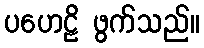
ပဟေဠိ ဖွက်သည်။